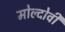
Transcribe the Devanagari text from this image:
मोल्दोवी